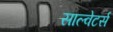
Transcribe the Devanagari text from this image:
साल्वेटर्स